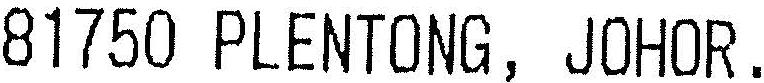
81750 PLENTONG, JOHOR.